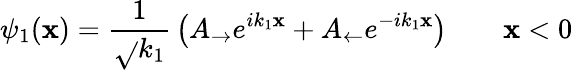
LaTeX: \psi_{1}(\mathbf{x})={\frac{{1}}{{\sqrt{}{{k_{1}}}}}}\left(A_{\rightarrow}e^{ik_{1}\mathbf{x}}+A_{\leftarrow}e^{-ik_{1}\mathbf{x}}\right)\qquad\mathbf{x}<0